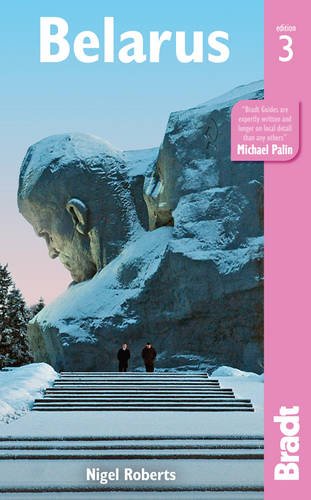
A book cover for Belarus (Bradt Travel Guide); Nigel Roberts; Travel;